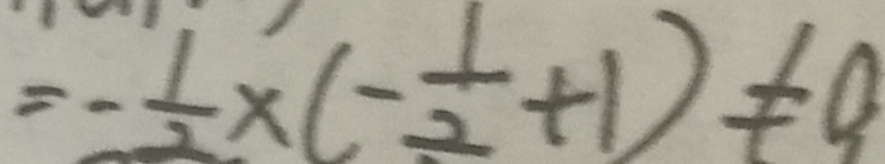
= - \frac { 1 } { 2 } \times ( - \frac { 1 } { 2 } + 1 ) \neq 0